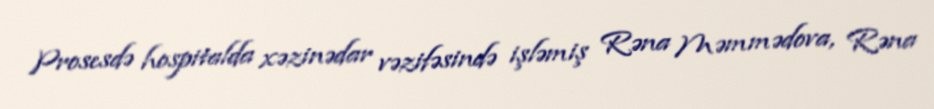
Prosesdə hospitalda xəzinədar vəzifəsində işləmiş Rəna Məmmədova, Rəna